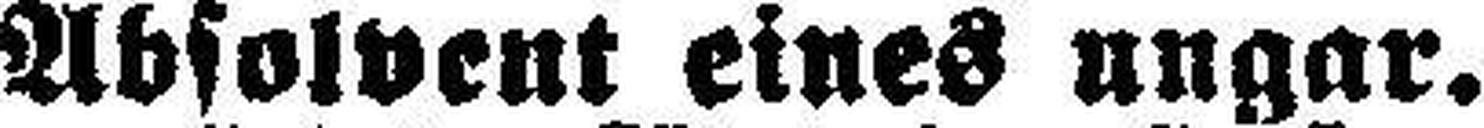
Absolvent eines ungar.